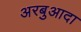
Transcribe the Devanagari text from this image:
अरबुआदा